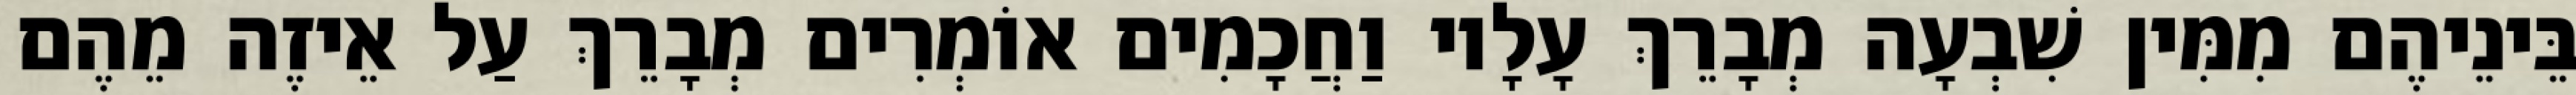
בֵּינֵיהֶם מִמִּין שִׁבְעָה מְבָרֵךְ עָלָיו וַחֲכָמִים אוֹמְרִים מְבָרֵךְ עַל אֵיזֶה מֵהֶם